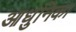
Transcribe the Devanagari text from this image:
आधुनिका